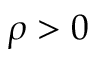
\rho > 0